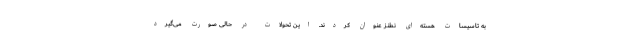
به تاسیسات هسته‌ای نطنز عنوان کردند. این تحولات در حالی صورت می‌گیرد